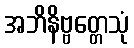
အဘိနိဗ္ဗတ္တေသုံ